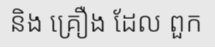
និង គ្រឿង ដែល ពួក